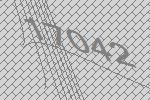
17042